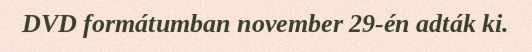
DVD formátumban november 29-én adták ki.